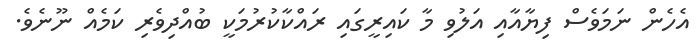
އެހެން ނަމަވެސް ފިޔާއާއި އަލުވި މާ ކައިރީގައި ރައްކާކުރުމަކީ ބުއްދިވެރި ކަމެއް ނޫނެވެ.